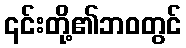
၎င်းတို့၏ဘဝတွင်